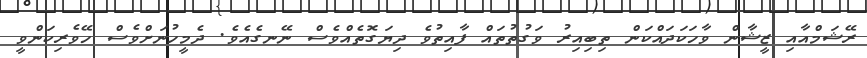
ރޭޝަމްއާއި ޒީޝާން ވާހަކަދައްކަން ތިބިއިރު ވަގުތުތައް ފާއިތުވެ ދިޔަގޮތެއްވެސް ނޭނގެއެވެ. ދެމީހުނަށްވެސް ހޭވެރިކަންވީ